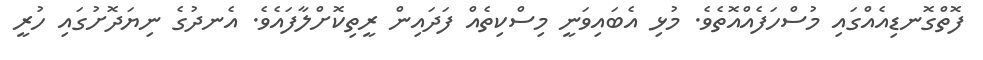
ފޮތްގޮނޑިއެއްގައި މުސްހަފެއްއޮތެވެ. މުޅި އެބައިވަނީ މިސްކިތެއް ފަދައިން ރީތިކޮށްލާފައެވެ. އެނދުގެ ނިޔަދޮށުގައި ހުރީ